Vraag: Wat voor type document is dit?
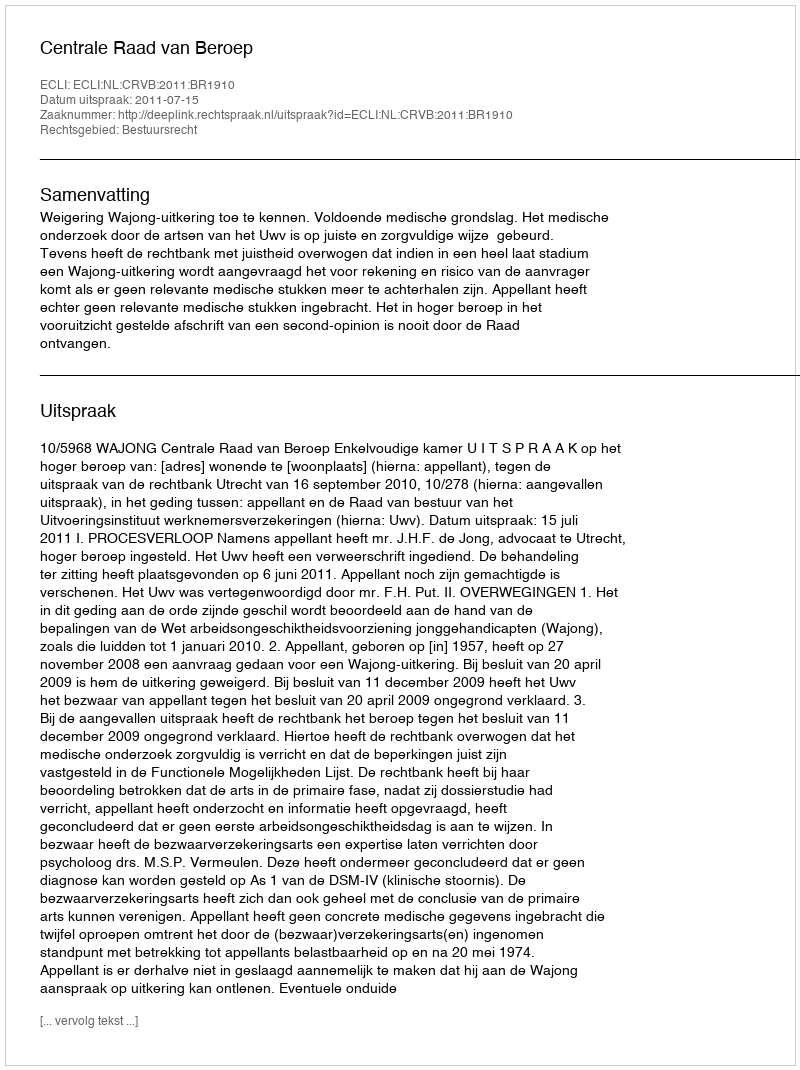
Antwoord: Uitspraak